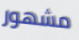
مشهور